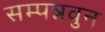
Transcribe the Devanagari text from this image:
सम्पन्नवुन